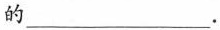
的___.